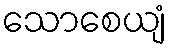
သောစေယျံ